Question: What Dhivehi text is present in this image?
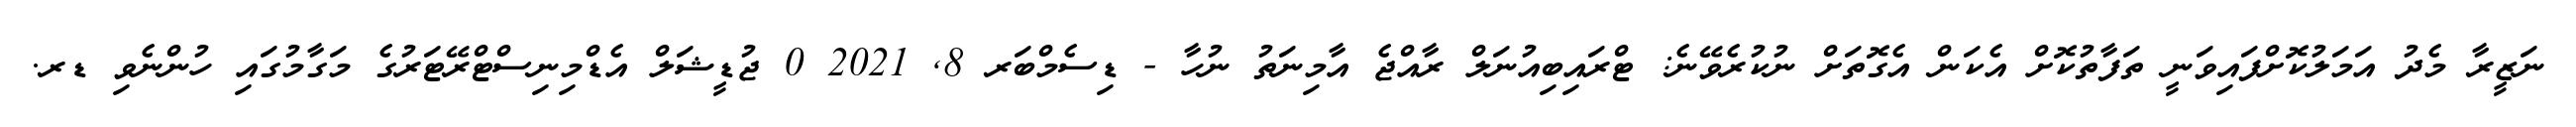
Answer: ނަޒީރާ މެދު އަމަލުކޮށްފައިވަނީ ތަފާތުކޮށް އެކަން އެގޮތަށް ނުކުރެވޭނެ: ޓްރައިބިއުނަލް ރާއްޖެ އާމިނަތު ނުހާ - ޑިސެމްބަރ 8, 2021 0 ޖުޑީޝަލް އެޑްމިނިސްޓްރޭޓަރުގެ މަގާމުގައި ހުންނެވި ޑރ.